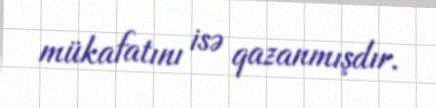
mükafatını isə qazanmışdır.